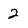
Character: 2